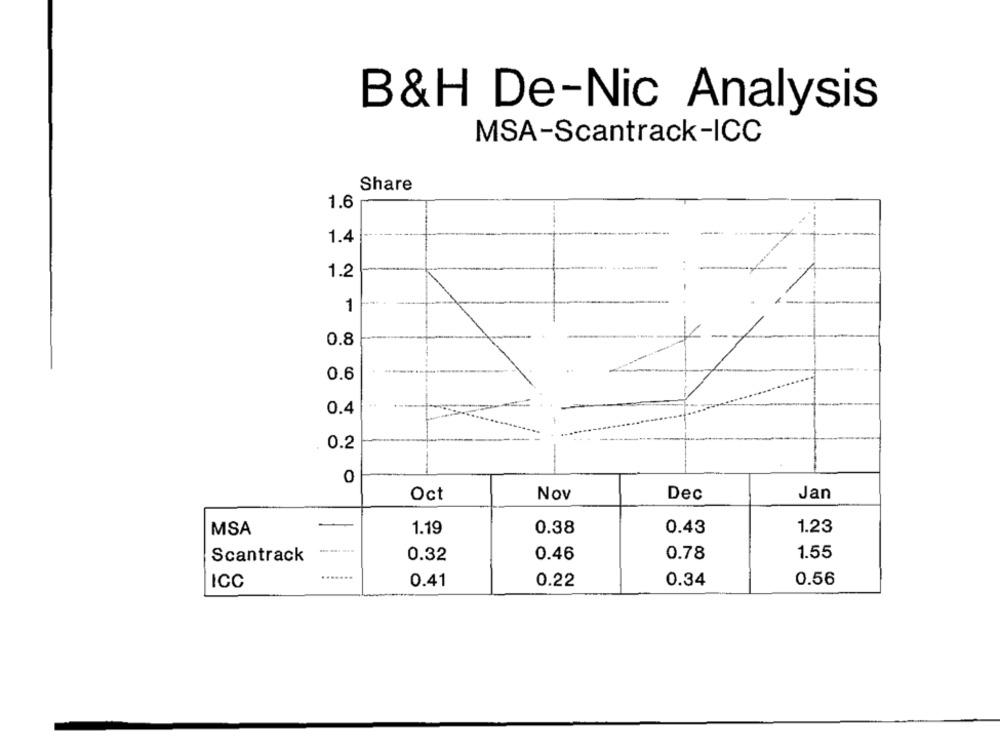
B&H De-Nic Analysis
MSA-Scantrack-ICC
Share
1.6
1.4
1.2
1
0.8
0.6
0.4
0.2
0
Oct
Nov
Dec
Jan
MSA
1.19
0.38
0.43
1.23
0.46
0.78
1.55
Scantrack
0.32
.......
ICC
0.41
0.22
0.34
0.56